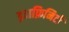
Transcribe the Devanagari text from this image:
इनफ़िनिटी